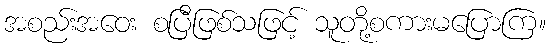
အစည်းအဝေး စပြီဖြစ်သဖြင့် သူတို့စကားမပြောကြ။